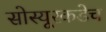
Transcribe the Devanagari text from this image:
सोस्यूरकडेच